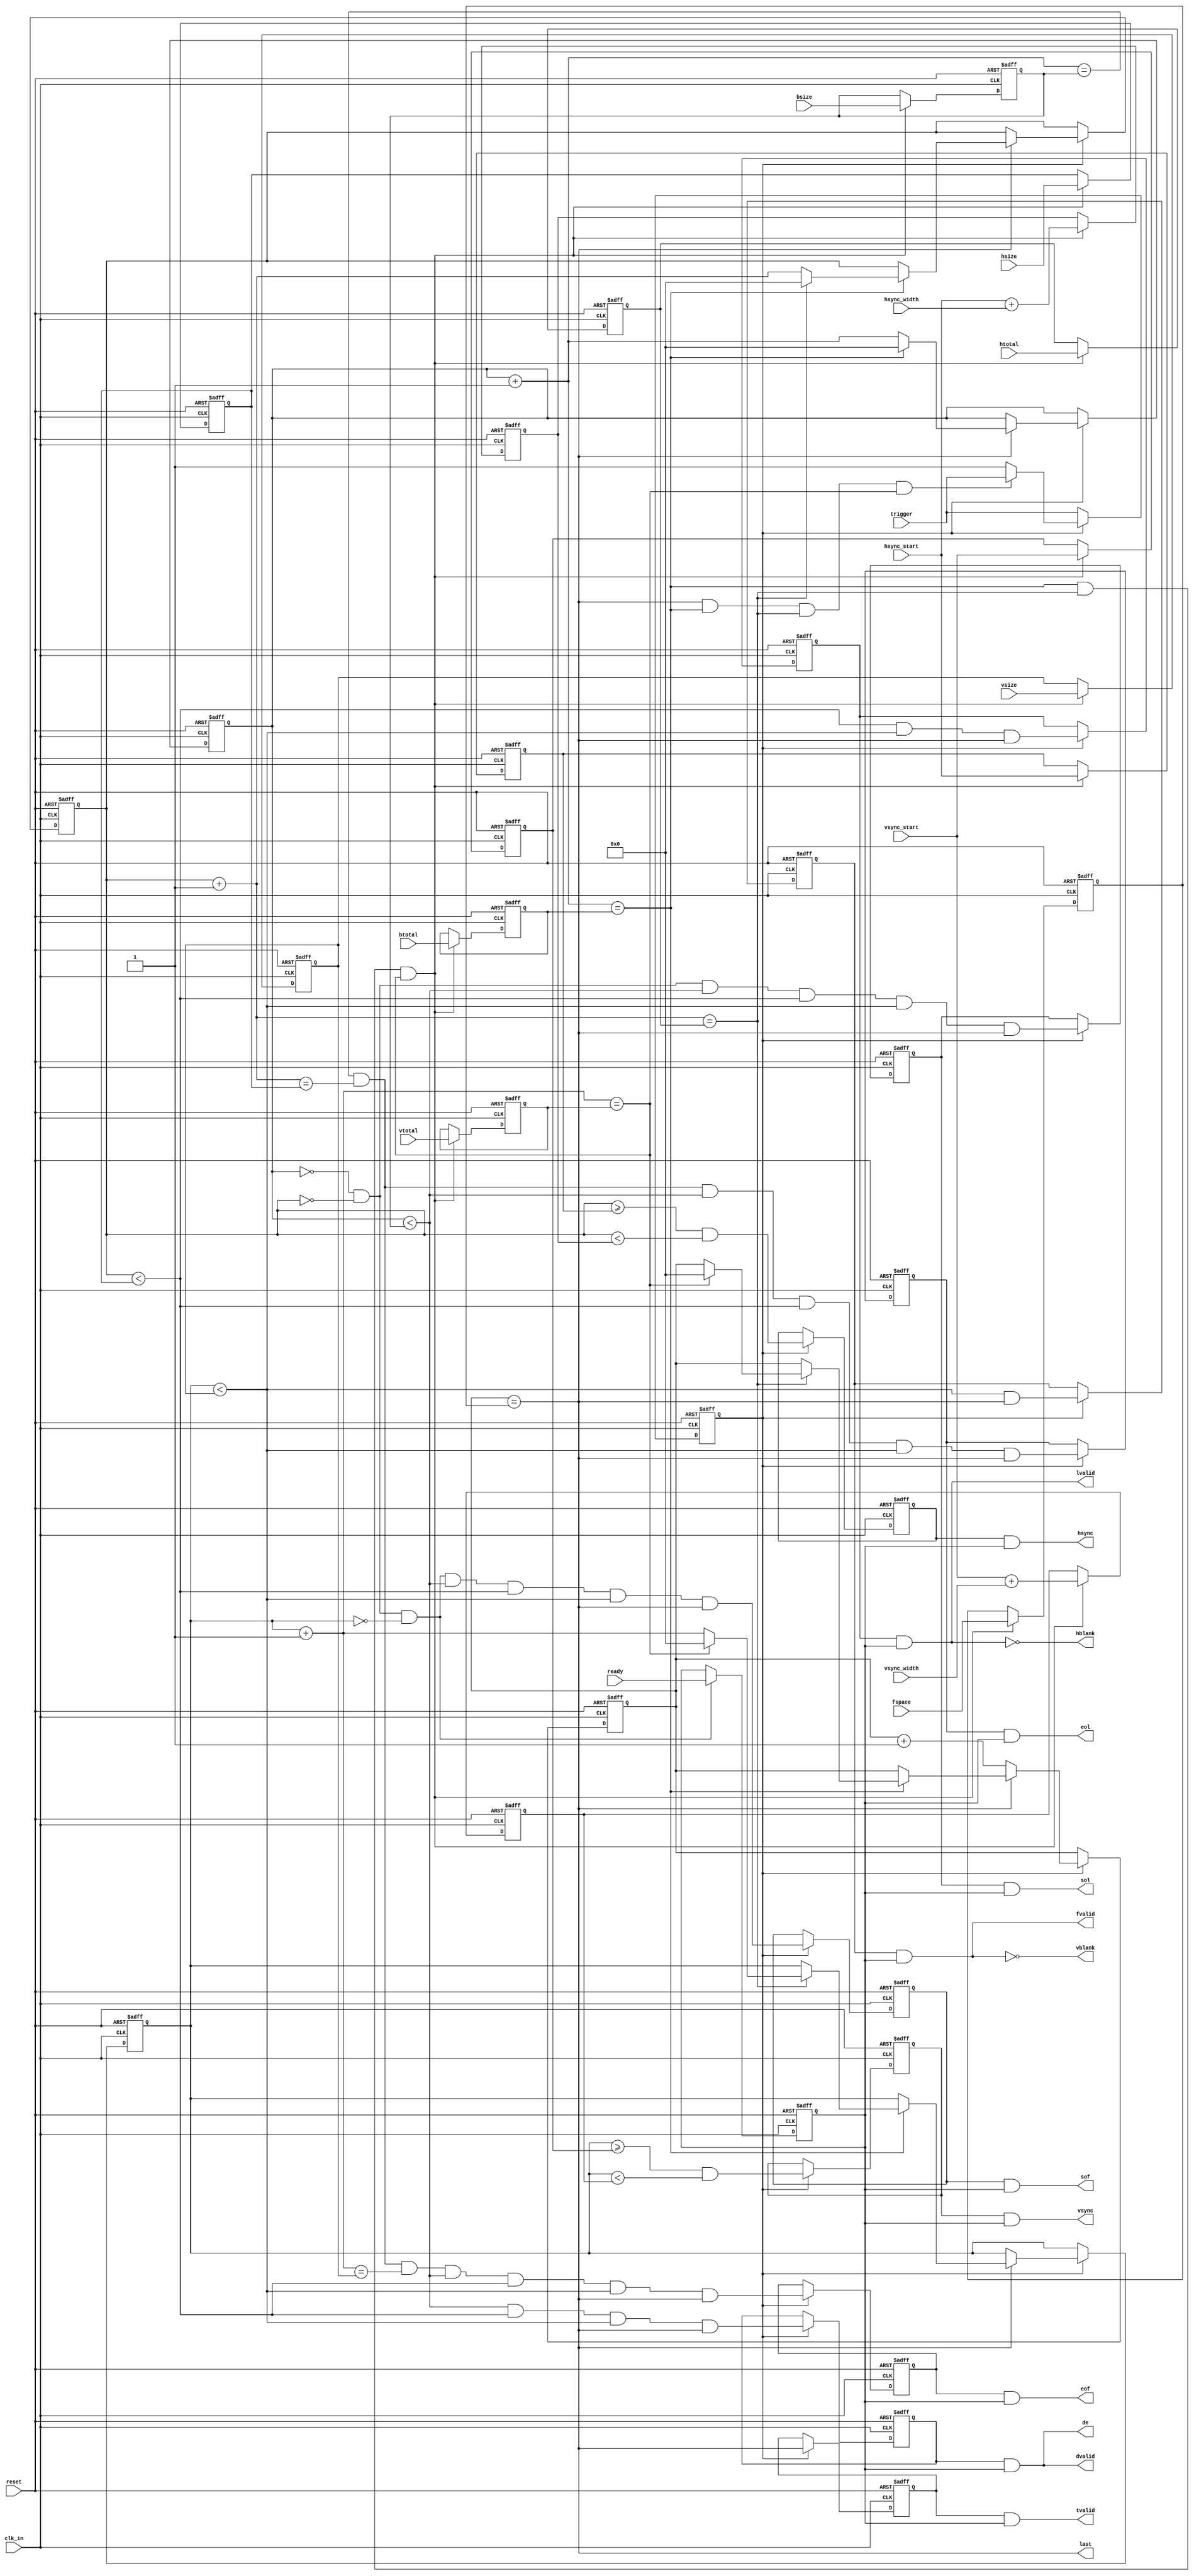
module video_timing #(
	parameter TIMER_BITS = 32
)
(
	input	reset,
	input	clk_in,
	input	[TIMER_BITS-1:0] bsize, // active data beats in a burst
	input	[TIMER_BITS-1:0] btotal, // total clock cycles per bursts
	input	[TIMER_BITS-1:0] hsize, // active line size, in unit of bursts 
	input	[TIMER_BITS-1:0] htotal, // total line size, in unit of bursts
	input	[TIMER_BITS-1:0] hsync_start, // hsync start position, in unit of bursts
	input	[TIMER_BITS-1:0] hsync_width, // hsync pulse width, in unit of bursts
	input	[TIMER_BITS-1:0] vsize, // active vertical size, in unit of lines
	input	[TIMER_BITS-1:0] vtotal, // total vertical size, in unit of lines
	input	[TIMER_BITS-1:0] vsync_start, // vsync start position, in unit of lines
	input	[TIMER_BITS-1:0] vsync_width, // vsync pulse width, in unit of lines
	input	[TIMER_BITS-1:0] fspace, // additional spacing between fields, in unit of clock cycles
	input	ready, // frame data ready, will skip a frame if not ready
    input   trigger, // pulse for one-shot mode, tie to 1 for continuous mode
	// digital style
	output	fvalid, // frame valid
	output	lvalid, // line valid
	output	dvalid, // date valid
	output	tvalid, // transmission valid
	// streaming style
	output	de, // data valid
	output	sof, // start of frame
	output	eof, // end of frame
	output	sol, // start of line
	output	eol, // end of line
	// video timing style
	output	hblank, // horizontal blank
	output	vblank,  // vertical blank
	output  hsync,  // horizontal sync
	output  vsync, // vertical sync
    output  last
);

reg enable;

reg [TIMER_BITS-1:0] dcnt;
reg [TIMER_BITS-1:0] bcnt;
reg [TIMER_BITS-1:0] lcnt;
reg [TIMER_BITS-1:0] fbcnt;
reg [TIMER_BITS-1:0] bsize_r;
reg [TIMER_BITS-1:0] hsize_r;
reg [TIMER_BITS-1:0] vsize_r;
reg [TIMER_BITS-1:0] fspace_r;
reg [TIMER_BITS-1:0] btotal_r;
reg [TIMER_BITS-1:0] htotal_r;
reg [TIMER_BITS-1:0] vtotal_r;
reg [TIMER_BITS-1:0] hsync_start_r;
reg [TIMER_BITS-1:0] hsync_end_r;
reg [TIMER_BITS-1:0] vsync_start_r;
reg [TIMER_BITS-1:0] vsync_end_r;

reg dvalid_r;
reg lvalid_r;
reg fvalid_r;
reg tvalid_r;
reg ready_r;
reg hsync_r;
reg vsync_r;
reg sof_r;
reg eof_r;
reg sol_r;
reg eol_r;

assign dvalid = dvalid_r&ready_r;
assign lvalid = lvalid_r&ready_r;
assign fvalid = fvalid_r&ready_r;
assign tvalid = tvalid_r&ready_r;
assign sof = sof_r&ready_r;
assign eof = eof_r&ready_r;
assign sol = sol_r&ready_r;
assign eol = eol_r&ready_r;
assign hsync = hsync_r&ready_r;
assign vsync = vsync_r&ready_r;

assign de = dvalid;
assign hblank = !lvalid;
assign vblank = !fvalid;

always @(posedge clk_in, posedge reset)
begin
    if(reset) begin
        enable <= 1'b0;
    end
    else if(!enable) begin
        enable <= trigger;
    end
	else if(fbcnt==fspace_r && dcnt+1==btotal_r && bcnt+1==htotal_r && lcnt+1==vtotal_r) begin
        enable <= trigger;
    end
end

always @(posedge clk_in, posedge reset)
begin
	if(reset) begin
		bsize_r <= 1;
		hsize_r <= 1;
		vsize_r <= 1;
		fspace_r <= 0;
		btotal_r <= 1;
		htotal_r <= 1;
		vtotal_r <= 1;
        hsync_start_r <= 0;
        hsync_end_r <= 1;
        vsync_start_r <= 0;
        vsync_end_r <= 1;
	end 
	else if(
		dcnt+1==btotal_r &&
		bcnt+1==htotal_r &&
		lcnt+1==vtotal_r
	)begin
		bsize_r <= bsize;
		hsize_r <= hsize;
		vsize_r <= vsize;
		fspace_r <= fspace;
		btotal_r <= btotal;
		htotal_r <= htotal;
		vtotal_r <= vtotal;
        hsync_start_r <= hsync_start;
        hsync_end_r <= hsync_start+hsync_width;
        vsync_start_r <= vsync_start;
        vsync_end_r <= vsync_start+vsync_width;
	end
end

always @(posedge clk_in, posedge reset)
begin
	if(reset) begin
		dcnt <= 'b0;
		bcnt <= 'b0;
		lcnt <= 'b0;
		fbcnt <= -1;
	end
    else if(enable) begin
        if(fbcnt==fspace_r) begin
            if(dcnt+1==btotal_r) begin
                if(bcnt+1==htotal_r) begin
                    if(lcnt+1==vtotal_r) begin
                        fbcnt<=0;
                        lcnt <= 'b0;
                    end 
                    else begin
                        lcnt <= lcnt+1;
                    end
                    bcnt <= 'b0;
                end
                else begin
                    bcnt <= bcnt+1;
                end
                dcnt <= 'b0;
            end
            else begin
                dcnt <= dcnt+1;
            end
        end
        else begin
            fbcnt <= fbcnt+1;
        end
    end
end

wire tvalid_a = fbcnt == fspace_r;
wire fvalid_a = lcnt<vsize_r;
wire lvalid_a = bcnt<hsize_r;
wire dvalid_a = dcnt<bsize_r;
wire hsync_a = bcnt>=hsync_start_r && bcnt<hsync_end_r;
wire vsync_a = lcnt>=vsync_start_r && lcnt<vsync_end_r;
wire sof_a = dcnt==0 && bcnt==0 && lcnt==0;
wire eof_a = dcnt+1==bsize_r && bcnt+1==hsize_r && lcnt+1==vsize_r;
wire sol_a = dcnt==0 && bcnt==0;
wire eol_a = dcnt+1==bsize_r && bcnt+1==hsize_r;
always @(posedge clk_in, posedge reset)
begin
	if(reset) begin
		dvalid_r <= 1'b0;
		lvalid_r <= 1'b0;
		fvalid_r <= 1'b0;
		tvalid_r <= 1'b0;
        	hsync_r <= 1'b0;
        	vsync_r <= 1'b0;
		sof_r <= 1'b0;
		eof_r <= 1'b0;
		sol_r <= 1'b0;
		eol_r <= 1'b0;
	end
	else if(enable) begin
		dvalid_r <= dvalid_a & lvalid_a & fvalid_a & tvalid_a;
		lvalid_r <= lvalid_a & fvalid_a & tvalid_a;
		fvalid_r <= fvalid_a & tvalid_a;
		tvalid_r <= tvalid_a;
        hsync_r <= hsync_a;
        vsync_r <= vsync_a;
		sof_r <= sof_a & dvalid_a & lvalid_a & fvalid_a & tvalid_a;
		eof_r <= eof_a & dvalid_a & lvalid_a & fvalid_a & tvalid_a;
		sol_r <= sol_a & dvalid_a & lvalid_a & fvalid_a & tvalid_a;
		eol_r <= eol_a & dvalid_a & lvalid_a & fvalid_a & tvalid_a;
	end
end
assign last = tvalid_a;

always @(posedge clk_in, posedge reset)
begin
	if(reset) begin
		ready_r <= 1'b0;
	end
	else if(dcnt==0 && bcnt==0 && lcnt==0) begin
		ready_r <= ready;
	end
end
endmodule